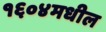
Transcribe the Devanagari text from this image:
१६०४मधील